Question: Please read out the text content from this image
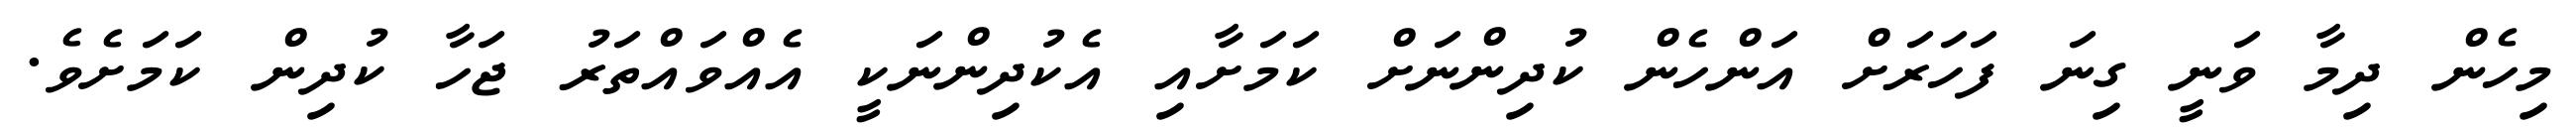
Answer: މިހެން ދިމާ ވަނީ ގިނަ ފަހަރަށް އަންހެން ކުދިންނަށް ކަމަށާއި އެކުދިންނަކީ އެއްވައްތަރު ޖަހާ ކުދިން ކަމަށެވެ.